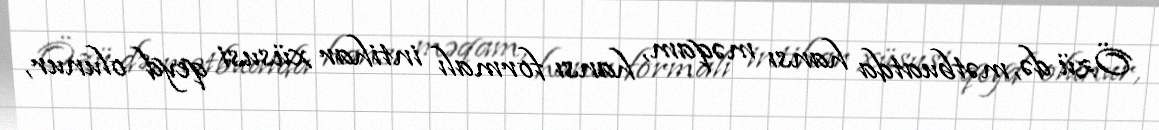
Özü də, mətbuatda hansı məqam, hansı formalı intihar xüsusi qeyd olunur,